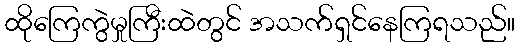
ထိုကြေကွဲမှုကြီးထဲတွင် အသက်ရှင်နေကြရသည်။